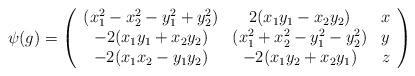
LaTeX: \begin{align*}\psi({g})=\left(\begin{array}[c]{ccc}(x_{1}^{2}-x_{2}^{2}-y_{1}^{2}+y_{2}^{2}) & 2(x_{1}y_{1}-x_{2}y_{2}) & x\\-2(x_{1}y_{1}+x_{2}y_{2}) & (x_{1}^{2}+x_{2}^{2}-y_{1}^{2}-y_{2}^{2}) & y\\-2(x_{1}x_{2}-y_{1}y_{2}) & -2(x_{1}y_{2}+x_{2}y_{1}) & z\end{array}\right) \end{align*}